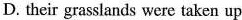
D. their grasslands were taken up